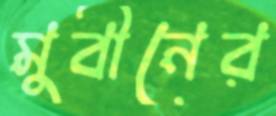
মুবীনের